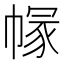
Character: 𢄐